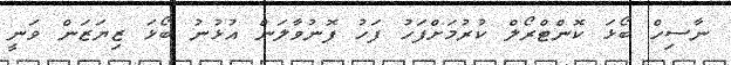
ނާސިހް ބޯޅަ ކޮންޓްރޯލް ކުރުމަށްފަހު ފަހު ފޮނުވާލަން އުޅުނު ބޯޅަ ޒިޔަޒަން ވަނީ